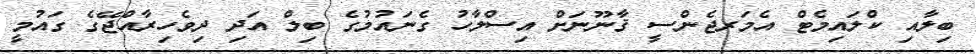
ބިލާއި ކްލައިމެޓް އެމަރޖެންސީ ޤާނޫނަށް އިސްލާހު ގެނައުމުގެ ބިލް އަދި ދިވެހިރާއްޖޭގެ ގައުމީ